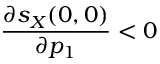
\frac { \partial s _ { X } ( 0 , 0 ) } { \partial p _ { 1 } } < 0